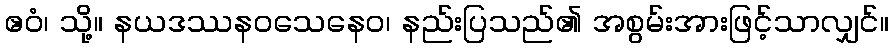
ဧဝံ၊ သို့။ နယဒဿနဝသေနေဝ၊ နည်းပြသည်၏ အစွမ်းအားဖြင့်သာလျှင်။